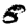
Digit: 8